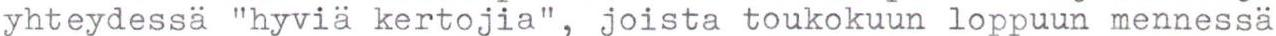
yhteydessä "hyviä kertojia", joista toukokuun loppuun mennessä